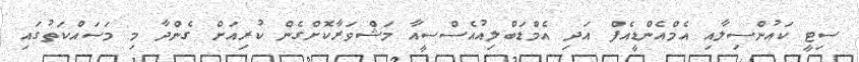
ސިޓީ ކައުންސިލާއި އެމްއެންޑީއެފް އަދި އެމްޑަބްލިއުއެސްސީއާ މަޝްވަރާކޮށްގެން ކުރިއަށް ގެންދާ މި މަސައްކަތުގައި